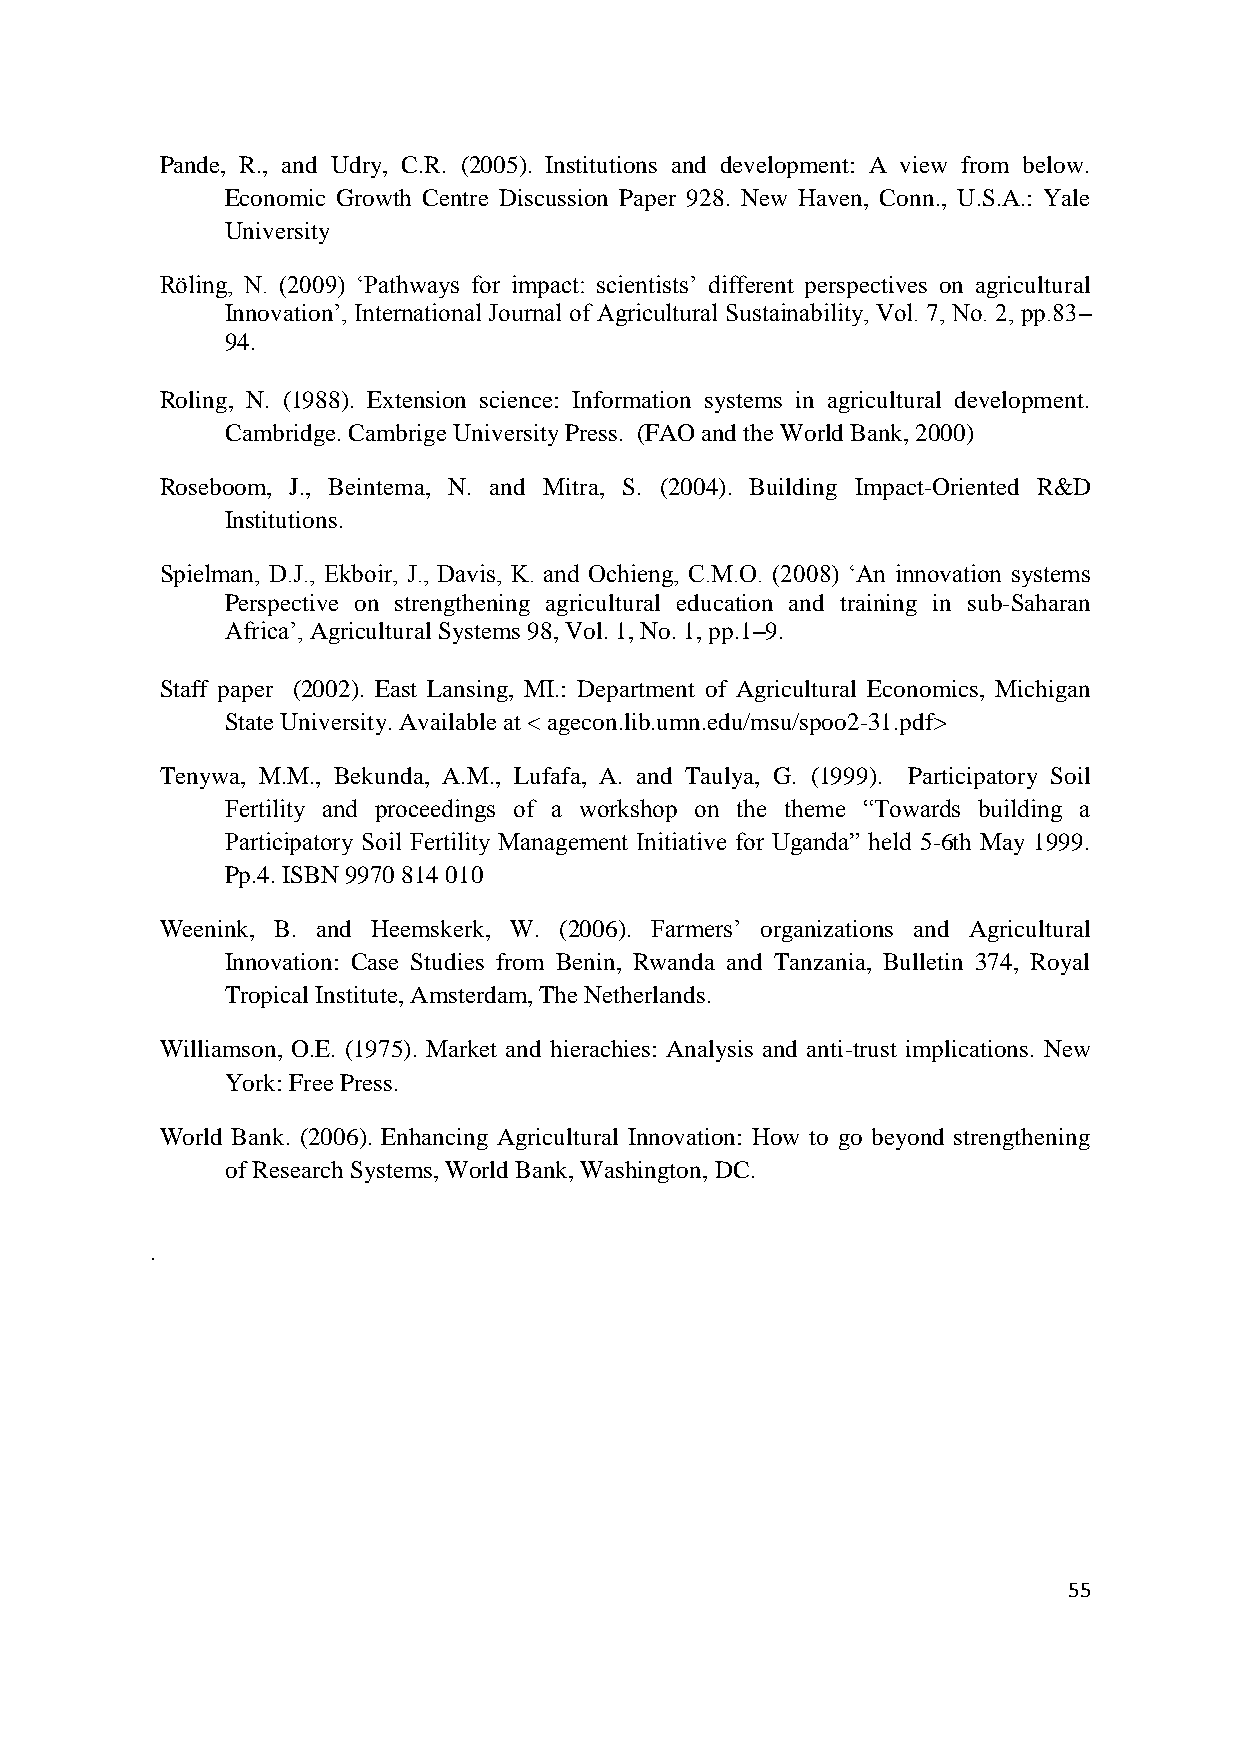
Pande, R., and Udry, C.R. (2005). Institutions and development: A view from below.
 Economic Growth Centre Discussion Paper 928. New Haven, Conn., U.S.A.: Yale
 University
 Röling, N. (2009) „Pathways for impact: scientists‟ different perspectives on agricultural
 Innovation‟, International Journal of Agricultural Sustainability, Vol. 7, No. 2, pp.83–
 94.
 Roling, N. (1988). Extension science: Information systems in agricultural development.
 Cambridge. Cambrige University Press. (FAO and the World Bank, 2000)
 Roseboom, J., Beintema, N. and Mitra, S. (2004). Building Impact-Oriented R&D
 Institutions.
 Spielman, D.J., Ekboir, J., Davis, K. and Ochieng, C.M.O. (2008) „An innovation systems
 Perspective on strengthening agricultural education and training in sub-Saharan
 Africa‟, Agricultural Systems 98, Vol. 1, No. 1, pp.1–9.
 Staff paper (2002). East Lansing, MI.: Department of Agricultural Economics, Michigan
 State University. Available at < agecon.lib.umn.edu/msu/spoo2-31.pdf>
 Tenywa, M.M., Bekunda, A.M., Lufafa, A. and Taulya, G. (1999). Participatory Soil
 Fertility and proceedings of a workshop on the theme “Towards building a
 Participatory Soil Fertility Management Initiative for Uganda” held 5-6th May 1999.
 Pp.4. ISBN 9970 814 010
 Weenink, B. and Heemskerk, W. (2006). Farmers‟ organizations and Agricultural
 Innovation: Case Studies from Benin, Rwanda and Tanzania, Bulletin 374, Royal
 Tropical Institute, Amsterdam, The Netherlands.
 Williamson, O.E. (1975). Market and hierachies: Analysis and anti-trust implications. New
 York: Free Press.
 World Bank. (2006). Enhancing Agricultural Innovation: How to go beyond strengthening
 of Research Systems, World Bank, Washington, DC.
 .
 55